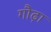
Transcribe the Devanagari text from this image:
गौढ़ा